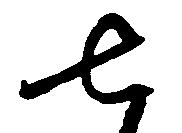
七